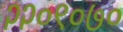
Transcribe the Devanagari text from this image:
२२०९०७०